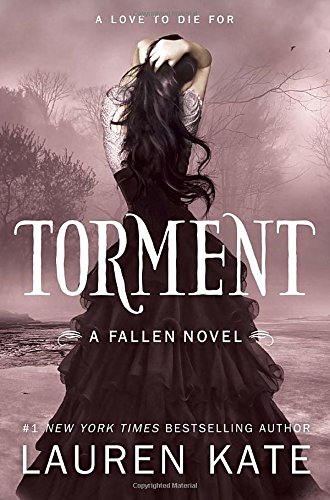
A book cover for Torment (Fallen, Book 2); Lauren Kate; Teen & Young Adult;